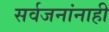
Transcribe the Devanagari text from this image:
सर्वजनांनाही